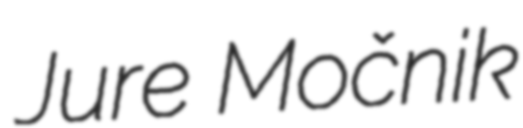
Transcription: Jure Močnik